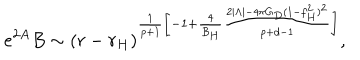
LaTeX: e ^ { 2 A } B \sim ( r - r _ { H } ) ^ { \frac { 1 } { p + 1 } \left[ - 1 + \frac { 4 } { B _ { H } } \frac { 2 | \Lambda | - 4 \pi G _ { D } ( 1 - f _ { H } ^ { 2 } ) ^ { 2 } } { p + d - 1 } \right] } ,